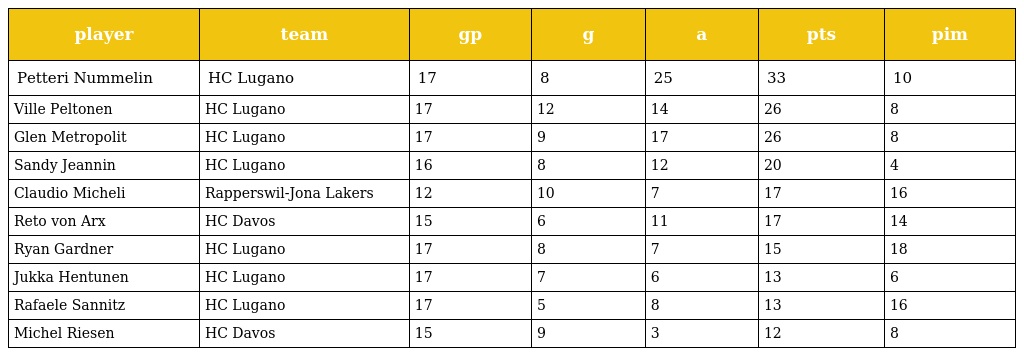
| player | team | gp | g | a | pts | pim |
 | --- | --- | --- | --- | --- | --- | --- |
 | Petteri Nummelin | HC Lugano | 17 | 8 | 25 | 33 | 10 |
 | Ville Peltonen | HC Lugano | 17 | 12 | 14 | 26 | 8 |
 | Glen Metropolit | HC Lugano | 17 | 9 | 17 | 26 | 8 |
 | Sandy Jeannin | HC Lugano | 16 | 8 | 12 | 20 | 4 |
 | Claudio Micheli | Rapperswil-Jona Lakers | 12 | 10 | 7 | 17 | 16 |
 | Reto von Arx | HC Davos | 15 | 6 | 11 | 17 | 14 |
 | Ryan Gardner | HC Lugano | 17 | 8 | 7 | 15 | 18 |
 | Jukka Hentunen | HC Lugano | 17 | 7 | 6 | 13 | 6 |
 | Rafaele Sannitz | HC Lugano | 17 | 5 | 8 | 13 | 16 |
 | Michel Riesen | HC Davos | 15 | 9 | 3 | 12 | 8 |